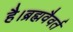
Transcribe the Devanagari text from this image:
है।ब्रह्मवैवर्त